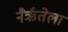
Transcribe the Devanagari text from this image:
नैर्ऋतेला